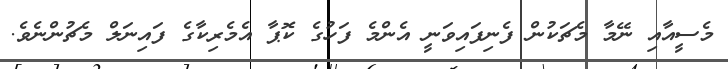
މެސީއާއި ނޭމާ މެޗަކުން ފެނިފައިވަނީ އެންމެ ފަހުގެ ކޮޕާ އެމެރިކާގެ ފައިނަލް މެޗުންނެވެ.